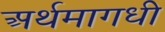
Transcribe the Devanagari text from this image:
अर्थमागधी